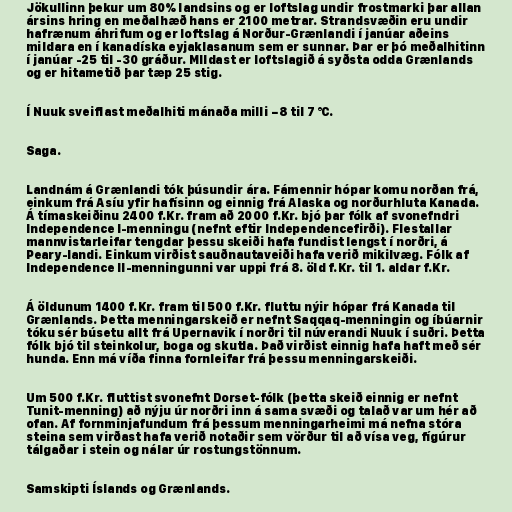
Jökullinn þekur um 80% landsins og er loftslag undir frostmarki þar allan
ársins hring en meðalhæð hans er 2100 metrar. Strandsvæðin eru undir
hafrænum áhrifum og er loftslag á Norður-Grænlandi í janúar aðeins
mildara en í kanadíska eyjaklasanum sem er sunnar. Þar er þó meðalhitinn
í janúar -25 til -30 gráður. MIldast er loftslagið á syðsta odda Grænlands
og er hitametið þar tæp 25 stig.

Í Nuuk sveiflast meðalhiti mánaða milli −8 til 7 °C.

Saga.

Landnám á Grænlandi tók þúsundir ára. Fámennir hópar komu norðan frá,
einkum frá Asíu yfir hafísinn og einnig frá Alaska og norðurhluta Kanada.
Á tímaskeiðinu 2400 f.Kr. fram að 2000 f.Kr. bjó þar fólk af svonefndri
Independence I-menningu (nefnt eftir Independencefirði). Flestallar
mannvistarleifar tengdar þessu skeiði hafa fundist lengst í norðri, á
Peary-landi. Einkum virðist sauðnautaveiði hafa verið mikilvæg. Fólk af
Independence II-menningunni var uppi frá 8. öld f.Kr. til 1. aldar f.Kr.

Á öldunum 1400 f.Kr. fram til 500 f.Kr. fluttu nýir hópar frá Kanada til
Grænlands. Þetta menningarskeið er nefnt Saqqaq-menningin og íbúarnir
tóku sér búsetu allt frá Upernavik í norðri til núverandi Nuuk í suðri. Þetta
fólk bjó til steinkolur, boga og skutla. Það virðist einnig hafa haft með sér
hunda. Enn má víða finna fornleifar frá þessu menningarskeiði.

Um 500 f.Kr. fluttist svonefnt Dorset-fólk (þetta skeið einnig er nefnt
Tunit-menning) að nýju úr norðri inn á sama svæði og talað var um hér að
ofan. Af fornminjafundum frá þessum menningarheimi má nefna stóra
steina sem virðast hafa verið notaðir sem vörður til að vísa veg, fígúrur
tálgaðar i stein og nálar úr rostungstönnum.

Samskipti Íslands og Grænlands.